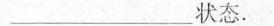
_______状态。